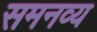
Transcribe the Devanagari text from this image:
समनव्य